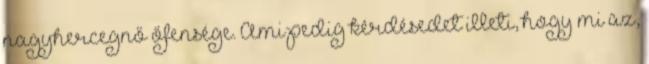
nagyhercegnő őfensége. Ami pedig kérdésedet illeti, hogy mi az,